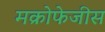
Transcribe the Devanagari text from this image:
मक्रोफेजीस